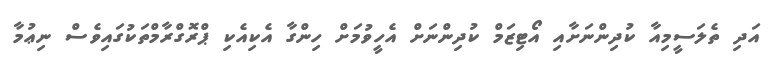
އަދި ތެލަސީމިއާ ކުދިންނަށާއި އޯޓިޒަމް ކުދިންނަށް އެހީވުމަށް ހިންގާ އެކިއެކި ޕްރޮގްރާމްތަކުގައިވެސް ނިޢުމާ